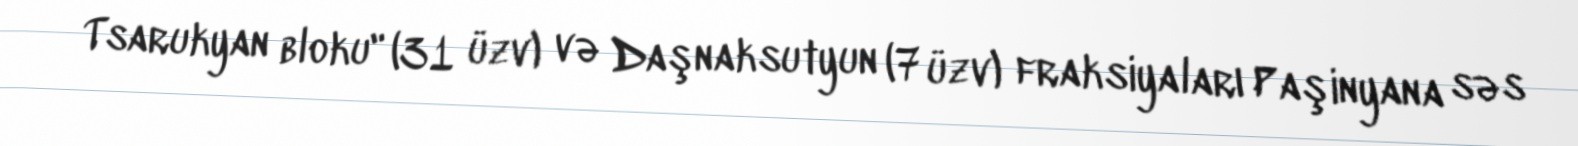
Tsarukyan bloku" (31 üzv) və Daşnaksutyun (7 üzv) fraksiyaları Paşinyana səs